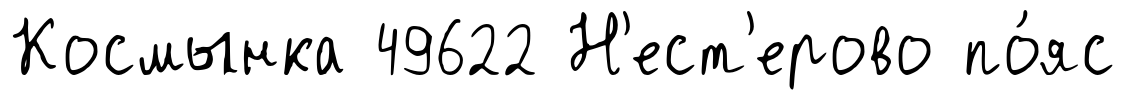
Космынка 49622 Н'ест'ерово по́яс